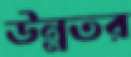
উন্নতর